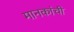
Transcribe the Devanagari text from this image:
मानकांची